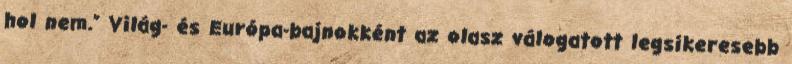
hol nem.” Világ- és Európa-bajnokként az olasz válogatott legsikeresebb